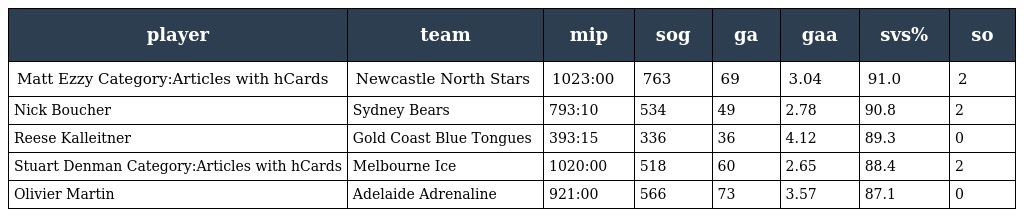
| player | team | mip | sog | ga | gaa | svs% | so |
 | --- | --- | --- | --- | --- | --- | --- | --- |
 | Matt Ezzy Category:Articles with hCards | Newcastle North Stars | 1023:00 | 763 | 69 | 3.04 | 91.0 | 2 |
 | Nick Boucher | Sydney Bears | 793:10 | 534 | 49 | 2.78 | 90.8 | 2 |
 | Reese Kalleitner | Gold Coast Blue Tongues | 393:15 | 336 | 36 | 4.12 | 89.3 | 0 |
 | Stuart Denman Category:Articles with hCards | Melbourne Ice | 1020:00 | 518 | 60 | 2.65 | 88.4 | 2 |
 | Olivier Martin | Adelaide Adrenaline | 921:00 | 566 | 73 | 3.57 | 87.1 | 0 |